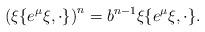
LaTeX: \begin{align*} \left(\xi\{e^\mu\xi,\cdot\}\right)^n=b^{n-1}\xi\{e^\mu\xi,\cdot\} .\end{align*}